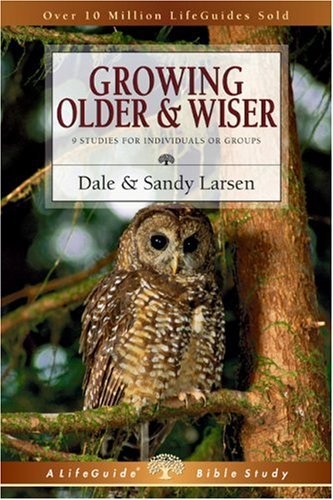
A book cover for Growing Older  Wiser (Lifeguide Bible Studies); Dale Larsen; Christian Books & Bibles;